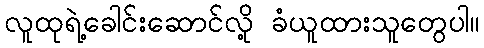
လူထုရဲ့ခေါင်းဆောင်လို့ ခံယူထားသူတွေပါ။